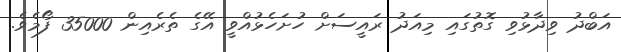
އަބްދު ވިދާޅުވި ގޮތުގައި މިއަދު ރައީސަށް ހުށަހެޅުއްވީ އޭގެ ތެރެއިން 35000 ފޯމެވެ.